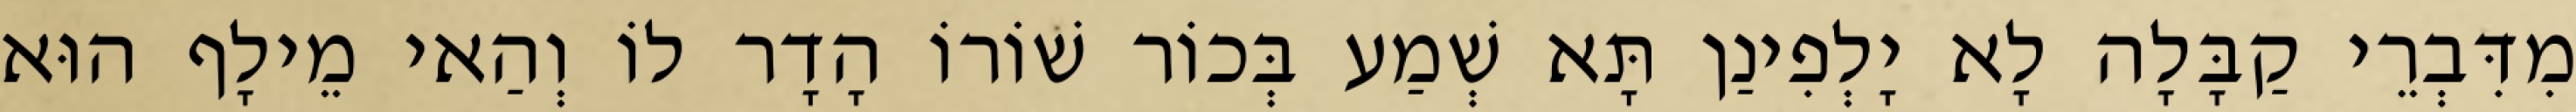
מִדִּבְרֵי קַבָּלָה לָא יָלְפִינַן תָּא שְׁמַע בְּכוֹר שׁוֹרוֹ הָדָר לוֹ וְהַאי מֵילָף הוּא